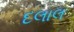
દલાલ